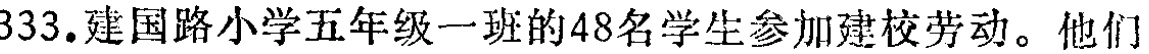
333.建国路小学五年级一班的48名学生参加建校劳动。他们